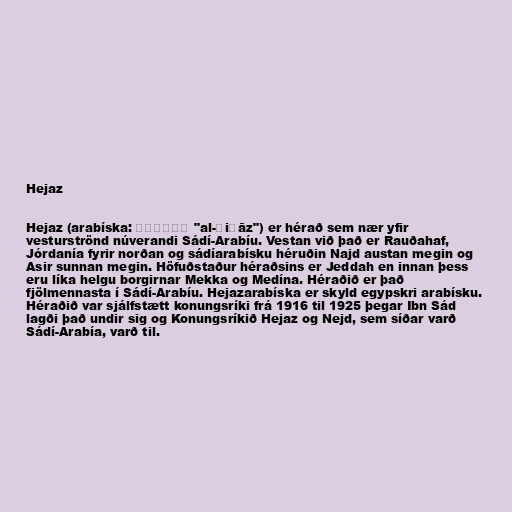
Hejaz

Hejaz (arabíska: الحجاز‎ "al-Ḥiǧāz") er hérað sem nær yfir
vesturströnd núverandi Sádí-Arabíu. Vestan við það er Rauðahaf,
Jórdanía fyrir norðan og sádíarabísku héruðin Najd austan megin og
Asir sunnan megin. Höfuðstaður héraðsins er Jeddah en innan þess
eru líka helgu borgirnar Mekka og Medína. Héraðið er það
fjölmennasta í Sádí-Arabíu. Hejazarabíska er skyld egypskri arabísku.
Héraðið var sjálfstætt konungsríki frá 1916 til 1925 þegar Ibn Sád
lagði það undir sig og Konungsríkið Hejaz og Nejd, sem síðar varð
Sádí-Arabía, varð til.